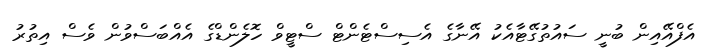
އެފްއޭއިން ބުނީ ސައުތުގޭޓާއެކު އޭނާގެ އެސިސްޓެންޓް ސްޓީވް ހޮލެންޑްގެ އެއްބަސްވުން ވެސް އިތުރު